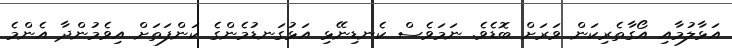
އަޅާލުމާއި އޯގާތެރިކަން ވަރަށް ބޮޑެވެ. ނަމަވެސް ކެނޑިނޭޅި އަޅުގަނޑުމެންގެ ކަންފަތަށް އިވެމުންދާ އެންމެ